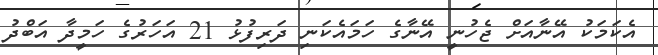
އެކަމަކު އޭނާއަށް ޖެހުނީ އޭނާގެ ހަމައެކަނި ދަރިފުޅު 21 އަހަރުގެ ހަމީދާ އަބްދު